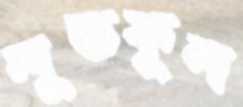
লূতফূল